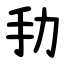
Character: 劧